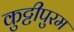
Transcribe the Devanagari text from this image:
कुट्टीपुरम